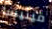
فينيسا